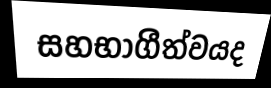
සහභාගීත්වයද